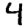
Digit: 4